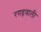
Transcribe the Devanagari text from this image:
रगड़वाली